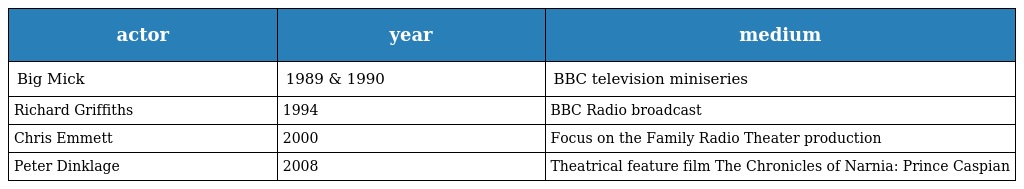
| actor | year | medium |
 | --- | --- | --- |
 | Big Mick | 1989 & 1990 | BBC television miniseries |
 | Richard Griffiths | 1994 | BBC Radio broadcast |
 | Chris Emmett | 2000 | Focus on the Family Radio Theater production |
 | Peter Dinklage | 2008 | Theatrical feature film The Chronicles of Narnia: Prince Caspian |